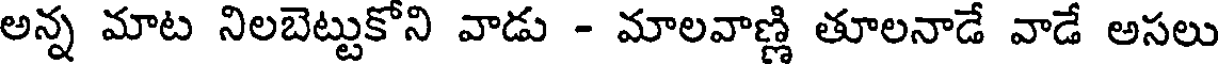
అన్న మాట నిలబెట్టుకోని వాడు - మాలవాణ్ణి తూలనాడే వాడే అసలు